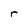
Character: r